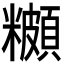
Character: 𬖾